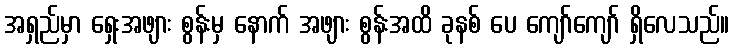
အရှည်မှာ ရှေးအဖျား စွန်းမှ နောက် အဖျား စွန်းအထိ ခုနစ် ပေ ကျော်ကျော် ရှိလေသည်။